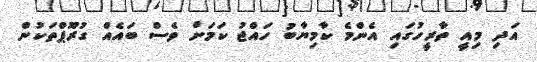
އަދި މިއީ ތާރީހުގައި އެންމެ ކާމިޔާބު ހައްޖު ކަމަށް ވެސް ބައެއް ގުރޫޕްތަކުން